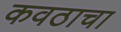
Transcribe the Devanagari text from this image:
कवठाचा